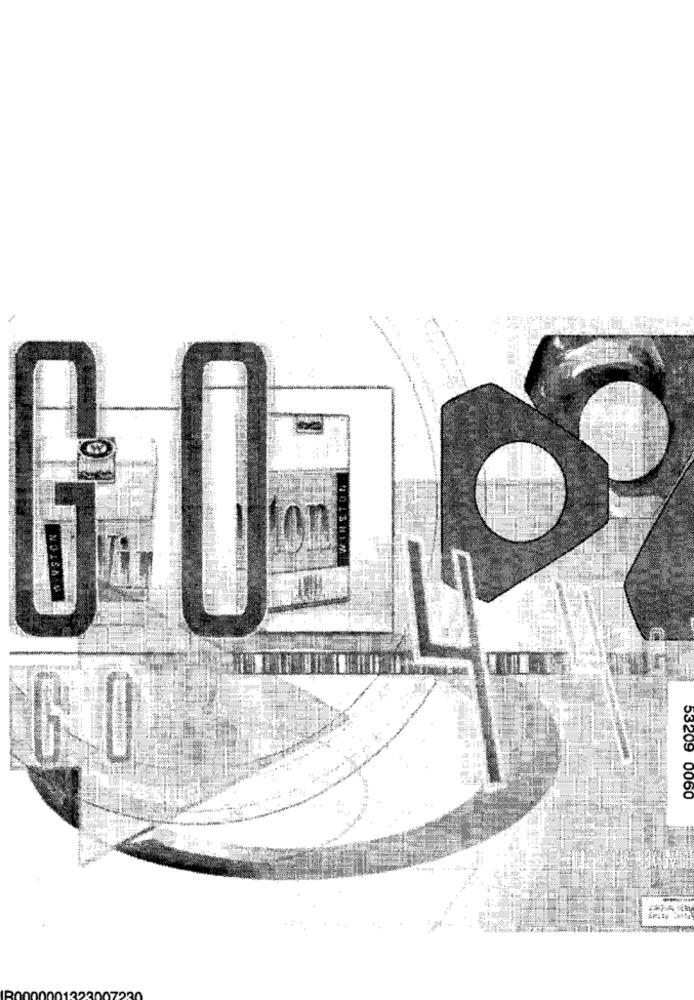
On
53209 0060